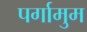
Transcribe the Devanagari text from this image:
पर्गामुम